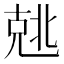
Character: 𰅣